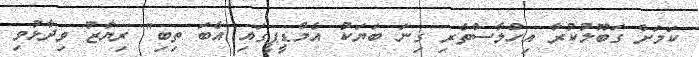
ކަމަށް ގަބޫލުކުރާ އިހްލާސްތެރި ގިނަ ބަޔަކު އެމްޑީޕީގައި އެބަ ތިބި" ރިޔާޒު ވިދާޅުވި